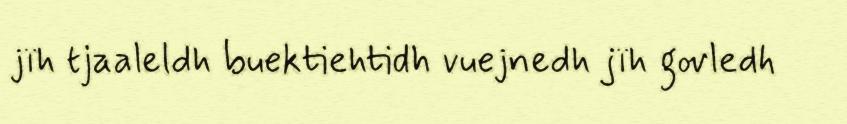
jïh tjaaleldh buektiehtidh vuejnedh jïh govledh